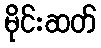
မိုင်းဆတ်